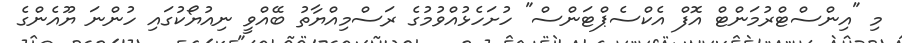
މި "އިންސްޓްރުމަންޓް އޮފް އެކްސެޕްޓަންސް" ހުށަހެޅުއްވުމުގެ ރަސްމިއްޔާތު ބޭއްވީ ނިއުޔޯކުގައި ހުންނަ ޔޫއެންގެ